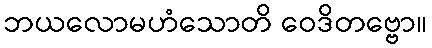
ဘယလောမဟံသောတိ ဝေဒိတဗ္ဗော။